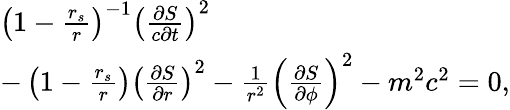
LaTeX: \begin{array}{l}{\left(1-\frac{r_{s}}{r}\right)^{-1}\left(\frac{\partial S}{c\partial t}\right)^{2}}\\ {-\left(1-\frac{r_{s}}{r}\right)\left(\frac{\partial S}{\partial r}\right)^{2}-\frac{1}{r^{2}}\left(\frac{\partial S}{\partial\phi}\right)^{2}-m^{2}c^{2}=0,}\end{array}